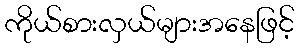
ကိုယ်စားလှယ်များအနေဖြင့်